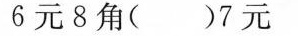
6元8角()7元